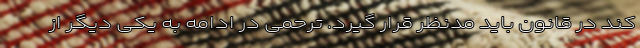
کند در قانون باید مدنظر قرار گیرد. ترحمی در ادامه به یکی دیگر از